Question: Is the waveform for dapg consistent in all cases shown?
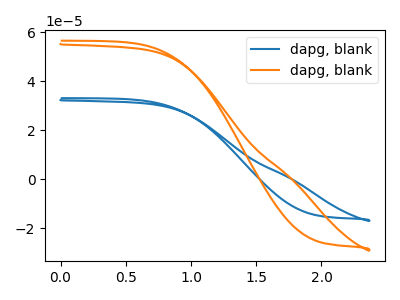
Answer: <think>The blue curve "dapg, blank1" has no peaks. The orange curve "dapg, blank2" has no peaks.
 Neither "dapg, blank1" or "dapg, blank2" have any peaks.</think>
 <answer>All the CV's of "dapg" have similar shape.</answer>
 <eval>follow_rule</eval>